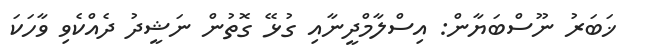
ޚަބަރު ނޫސްބަޔާން: އިސްލާމްދީނާއި ގުޅޭ ގޮތުން ނަޝީދު ދެއްކެވި ވާހަކަ